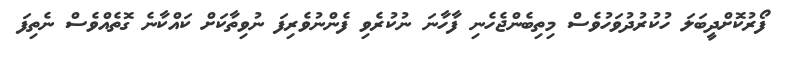
ފޯރުކޮށްދީބަލަ ހުކުރުދުވަހުވެސް މިތިބެންޖެހެނި ފާހާނަ ނުކުރެވި ފެންނުވެރިފަ ނުވިތާކަށް ކައްކާނެ ގޮތެއްވެސް ނެތިފަ